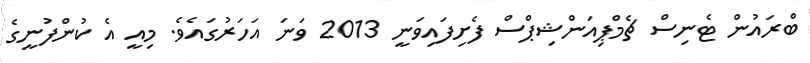
ބްރައުން ޓެނިސް ޗެމްޕިއަންޝިޕްސް ފެށިފައިވަނީ 2013 ވަނަ އަހަރުގައެވެ. މިއީ އެ ކުންފުނީގެ